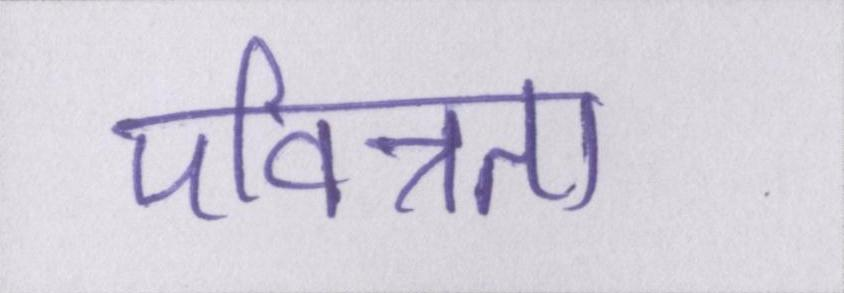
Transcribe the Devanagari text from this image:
पवित्रता